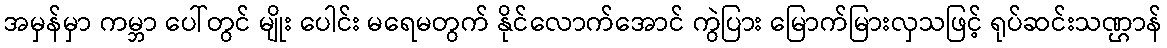
အမှန်မှာ ကမ္ဘာ ပေါ်တွင် မျိုး ပေါင်း မရေမတွက် နိုင်လောက်အောင် ကွဲပြား မြောက်မြားလှသဖြင့် ရုပ်ဆင်းသဏ္ဌာန်